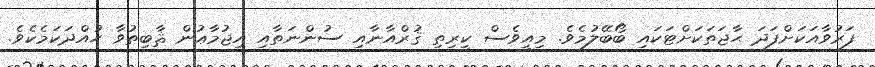
ފަރުވާއަކަށްފަދަ ޙާޖަތަކަށްޓަކައި ބޯބޭލުމެވެ. މިއީވެސް ކީރިތި ޤުރްއާނާއި ސުންނަތާއި އިޖުމާޢުން ޘާބިތުވާ ހުއްދަކަމެކެވެ.